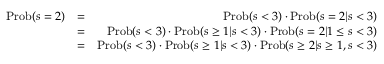
\begin{array} { r l r } { \mathrm { P r o b } ( s = 2 ) } & { = } & { \mathrm { P r o b } ( s < 3 ) \cdot \mathrm { P r o b } ( s = 2 | s < 3 ) } \\ & { = } & { \mathrm { P r o b } ( s < 3 ) \cdot \mathrm { P r o b } ( s \ge 1 | s < 3 ) \cdot \mathrm { P r o b } ( s = 2 | 1 \le s < 3 ) } \\ & { = } & { \mathrm { P r o b } ( s < 3 ) \cdot \mathrm { P r o b } ( s \ge 1 | s < 3 ) \cdot \mathrm { P r o b } ( s \ge 2 | s \ge 1 , s < 3 ) } \end{array}